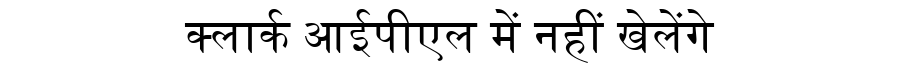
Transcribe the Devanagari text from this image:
क्लार्क आईपीएल में नहीं खेलेंगे